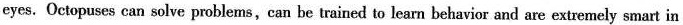
eyes. Octopuses can solve problems, can be trained to learn behavior and are extremely smart in